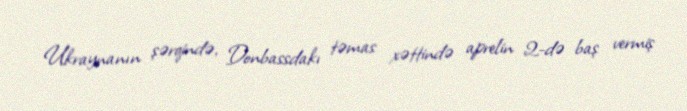
Ukraynanın şərqində, Donbassdakı təmas xəttində aprelin 2-də baş vermiş